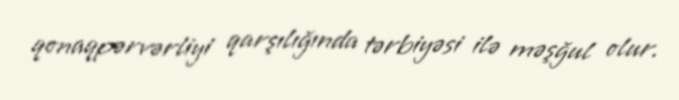
qonaqpərvərliyi qarşılığında tərbiyəsi ilə məşğul olur.